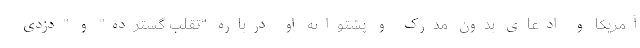
آمریکا و ادعای بدون مدرک و پشتوانه او درباره "تقلب گسترده" و "دزدی